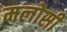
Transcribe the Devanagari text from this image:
मलोसी